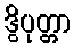
ဒွိပုတ္တာ